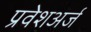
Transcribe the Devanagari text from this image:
प्रवेशअर्ज